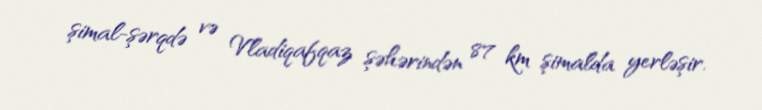
şimal-şərqdə və Vladiqafqaz şəhərindən 87 km şimalda yerləşir.